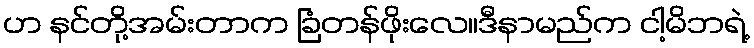
ဟ နင်တို့အမ်းတာက ခြံတန်ဖိုးလေ။ဒီနာမည်က ငါ့မိဘရဲ့